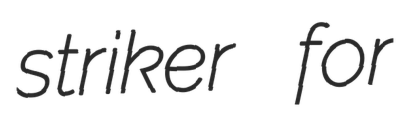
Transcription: striker for